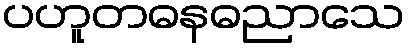
ပဟူတဓနဓညာသေ